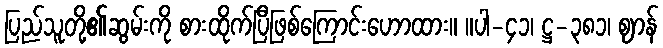
ပြည်သူတို့၏ဆွမ်းကို စားထိုက်ပြီဖြစ်ကြောင်းဟောထား။ ။ပါ-၄၁၊ ဋ္ဌ-၃၈၁၊ ဈာန်